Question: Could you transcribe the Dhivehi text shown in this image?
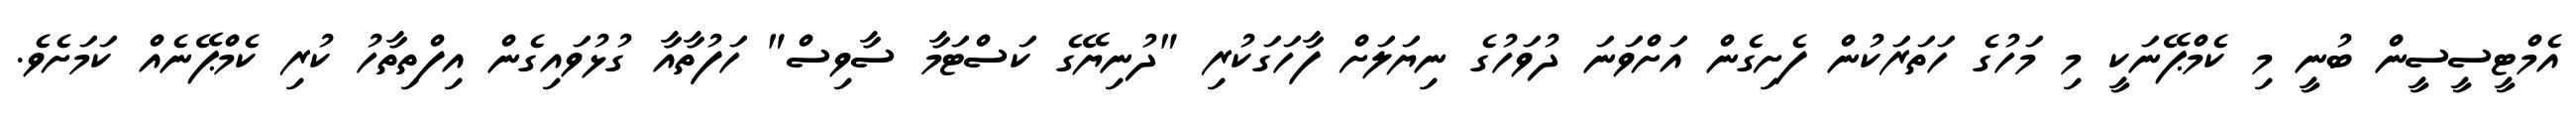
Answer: އެމްޓީސީސީން ބުނީ މި ކެމްޕޭނަކީ މި މަހުގެ ހަތަރަކުން ފެށިގެން އަށްވަނަ ދުވަހުގެ ނިޔަލަށް ފާހަގަކުރި "ދުނިޔޭގެ ކަސްޓަމާ ސާވިސް" ހަފުތާއާ ގުޅުވައިގެން އިފްތިތާހު ކުރި ކެމްޕޭނެއް ކަމަށެވެ.